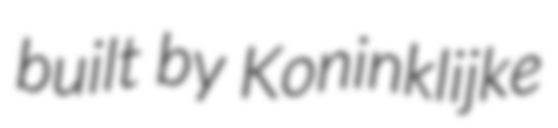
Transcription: built by Koninklijke